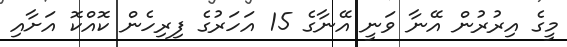
މީގެ އިރުރުން އޭނާ ވަނީ އޭނާގެ 15 އަހަރުގެ ފިރިހެން ކޮއްކޮ އަށާއި